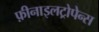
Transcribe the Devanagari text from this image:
फ़ीनाइलट्रोपेन्स